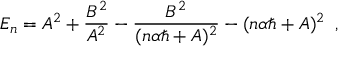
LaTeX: E _ { n } = A ^ { 2 } + \frac { B ^ { 2 } } { A ^ { 2 } } - \frac { B ^ { 2 } } { ( n \alpha \hbar + A ) ^ { 2 } } - ( n \alpha \hbar + A ) ^ { 2 } \, \, \, ,